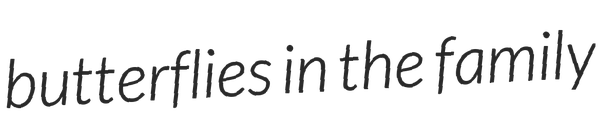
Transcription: butterflies in the family